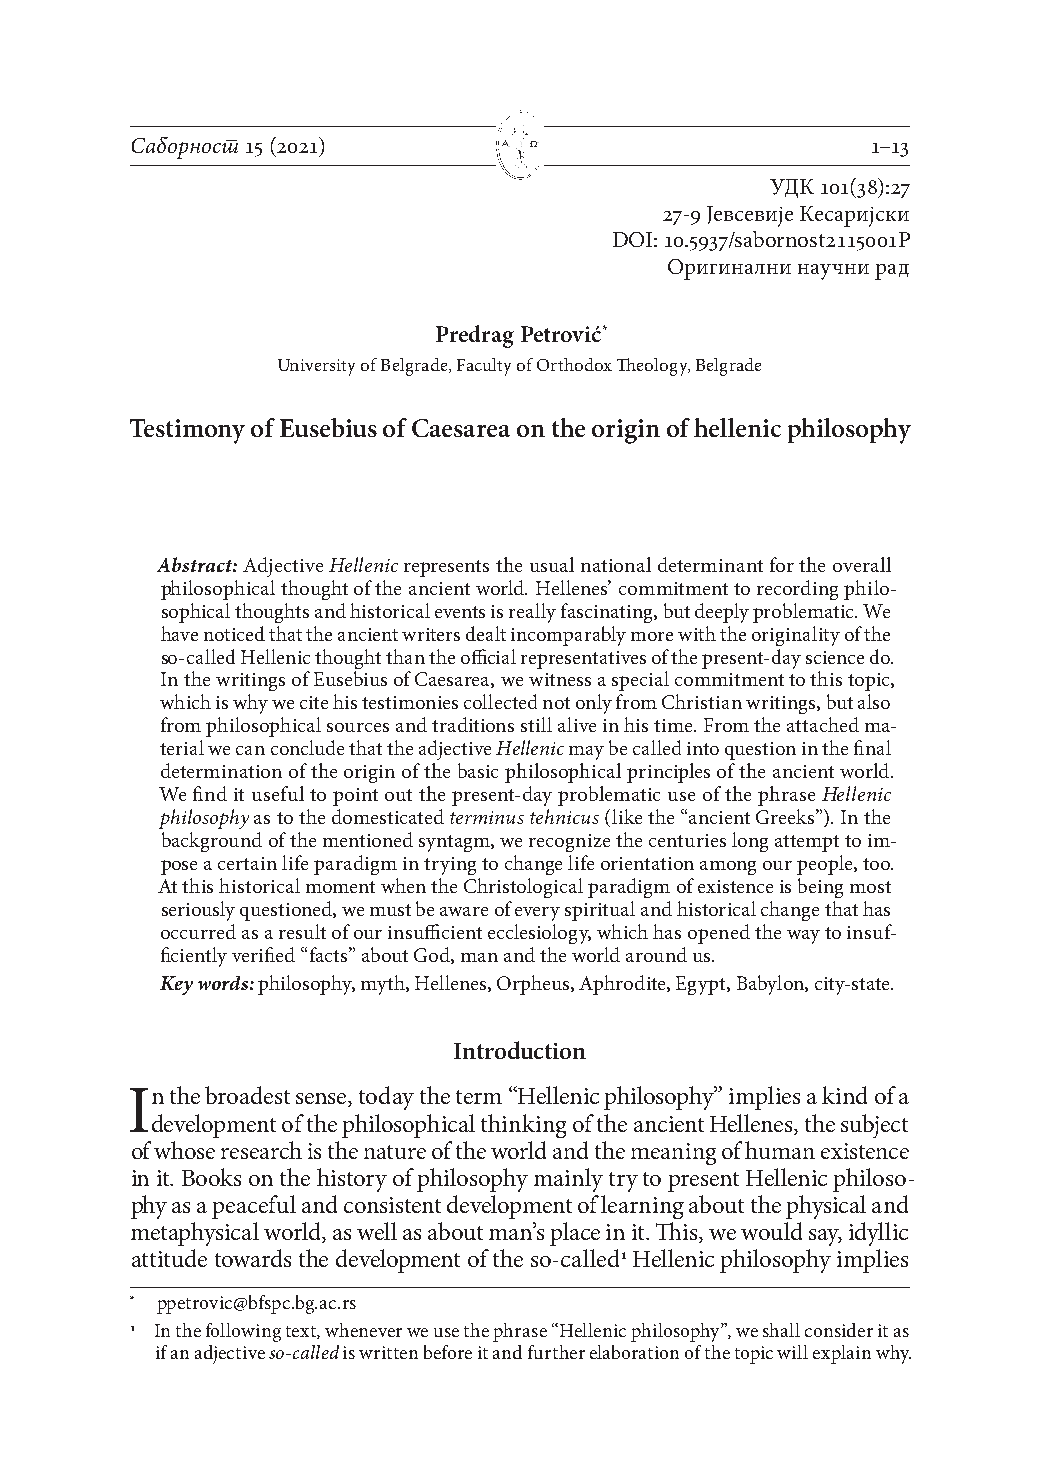
Саборност 15 (2021)     Α Ω                      1–13
 УДК 101(38):27
 27-9 Јевсевије Кесаријски
 DOI: 10.5937/sabornost2115001P
 Оригинални научни рад
 Predrag Petrović*
 University of Belgrade, Faculty of Orthodox Theology, Belgrade
 Testimony of Eusebius of Caesarea on the origin of hellenic philosophy
 Abstract: Adjective Hellenic represents the usual national determinant for the overall
 philosophical thought of the ancient world. Hellenes’ commitment to recording philo-
 sophical thoughts and historical events is really fascinating, but deeply problematic. We
 have noticed that the ancient writers dealt incomparably more with the originality of the
 so-called Hellenic thought than the official representatives of the present-day science do.
 In the writings of Eusebius of Caesarea, we witness a special commitment to this topic,
 which is why we cite his testimonies collected not only from Christian writings, but also
 from philosophical sources and traditions still alive in his time. From the attached ma-
 terial we can conclude that the adjective Hellenic may be called into question in the final
 determination of the origin of the basic philosophical principles of the ancient world.
 We find it useful to point out the present-day problematic use of the phrase Hellenic
 philosophy as to the domesticated terminus tehnicus (like the “ancient Greeks”). In the
 background of the mentioned syntagm, we recognize the centuries long attempt to im-
 pose a certain life paradigm in trying to change life orientation among our people, too.
 At this historical moment when the Christological paradigm of existence is being most
 seriously questioned, we must be aware of every spiritual and historical change that has
 occurred as a result of our insufficient ecclesiology, which has opened the way to insuf-
 ficiently verified “facts” about God, man and the world around us.
 Key words: philosophy, myth, Hellenes, Orpheus, Aphrodite, Egypt, Babylon, city-state.
 Introduction
 In the broadest sense, today the term “Hellenic philosophy” implies a kind of a
 development of the philosophical thinking of the ancient Hellenes, the subject
 of whose research is the nature of the world and the meaning of human existence
 in it. Books on the history of philosophy mainly try to present Hellenic philoso-
 phy as a peaceful and consistent development of learning about the physical and
 metaphysical world, as well as about man’s place in it. This, we would say, idyllic
 attitude towards the development of the so-called1 Hellenic philosophy implies
 * ppetrovic@bfspc.bg.ac.rs
 1 In the following text, whenever we use the phrase “Hellenic philosophy”, we shall consider it as
 if an adjective so-called is written before it and further elaboration of the topic will explain why.